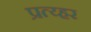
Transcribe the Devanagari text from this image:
प्रत्य्हर